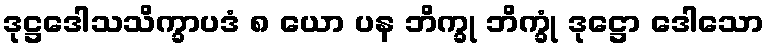
ဒုဋ္ဌဒေါသသိက္ခာပဒံ ၈ ယော ပန ဘိက္ခု ဘိက္ခုံ ဒုဋ္ဌော ဒေါသော